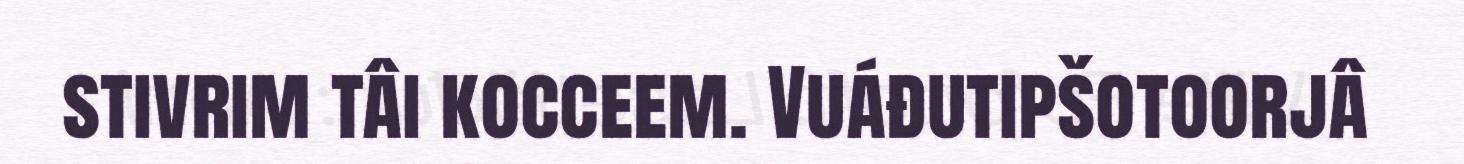
stivrim tâi kocceem. Vuáđutipšotoorjâ